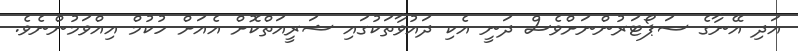
އަދި އޭނާގެ ސަޕޯޓަރުންނަށްވެސް ދަނީ އެކި ދައުވާތަކުގައި ޝަރީއަތްކޮށް އެއަށް ހުކުމް އިއްވަމުންނެވެ.